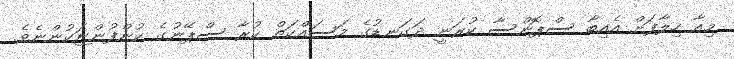
މިއާ ހިލާފަށް އެއިބާ ސްޕޮންސާ ކުރަނީ ދަގަނޑުގެ މަސައްކަތް ކުރާ ސްޕޭނުގެ ކުންފުންޏަކުންނެވެ.